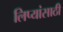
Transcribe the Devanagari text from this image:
लिप्यांसाठी